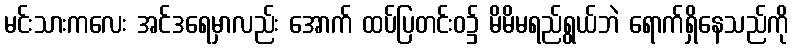
မင်းသားကလေး အင်ဒရေမှာလည်း အောက် ထပ်ပြတင်းဝ၌ မိမိမရည်ရွယ်ဘဲ ရောက်ရှိနေသည်ကို